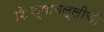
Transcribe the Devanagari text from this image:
शिक्षावल्लीची